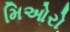
મિઓરો